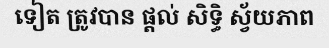
ទៀត ត្រូវបាន ផ្តល់ សិទ្ធិ ស្វ័យភាព